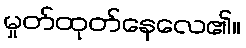
မှုတ်ထုတ်နေလေ၏။